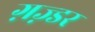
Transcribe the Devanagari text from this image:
ग़ज़्डर